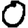
Digit: 0